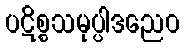
ပဋိစ္စသမုပ္ပါဒညေဝ